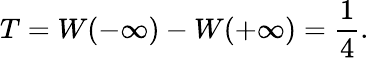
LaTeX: T=W(-\infty)-W(+\infty)={\frac{1}{4}}.